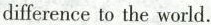
difference to the world.